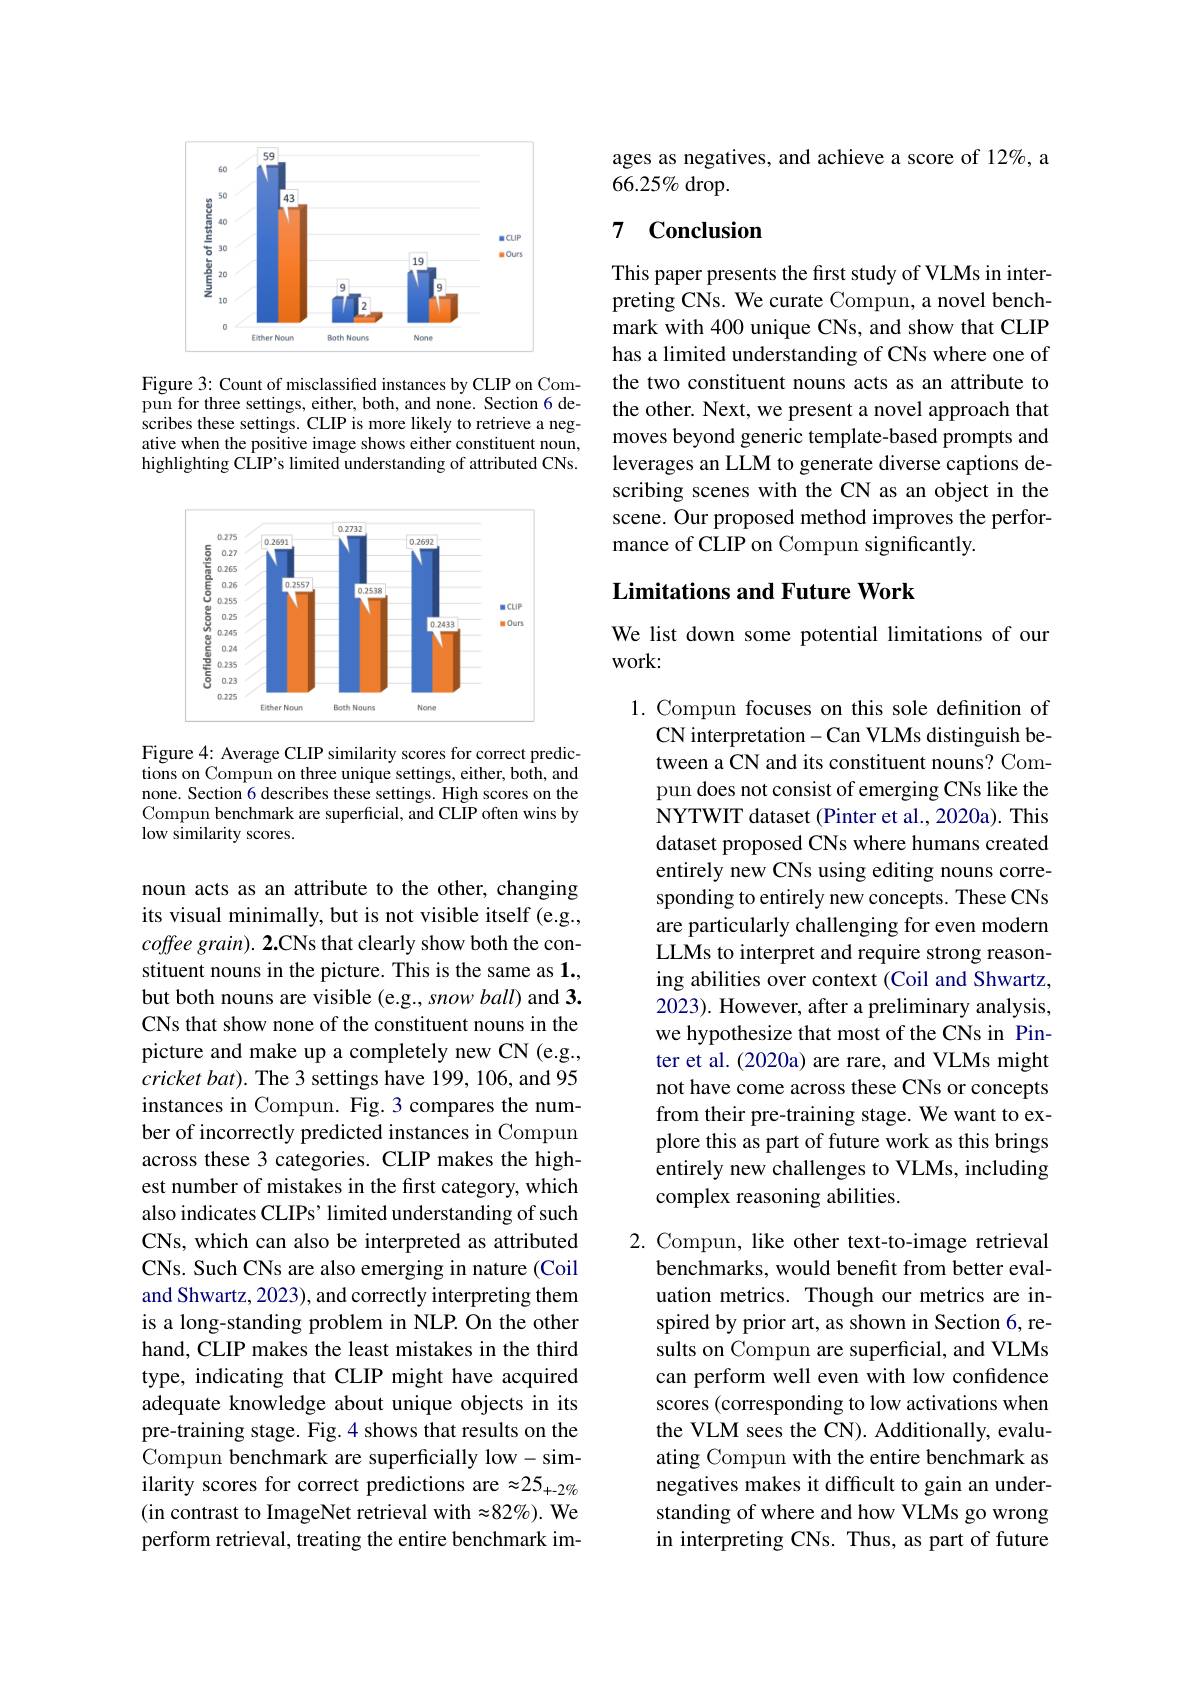
<FigureHere>

Figure 3: Count of misclassified instances by CLIP on Compun for three settings, either, both, and none. Section 6 describes these settings. CLIP is more likely to retrieve a negative when the positive image shows either constituent noun, highlighting CLIP's limited understanding of attributed CNs.

<FigureHere>

Figure 4: Average CLIP similarity scores for correct predictions on Compun on three unique settings, either, both, and none. Section 6 describes these settings. High scores on the Compun benchmark are superficial, and CLIP often wins by low similarity scores.

noun acts as an attribute to the other, changing its visual minimally, but is not visible itself (e.g., coffee grain). 2.CNs that clearly show both the constituent nouns in the picture. This is the same as 1. but both nouns are visible (e.g., snow ball) and 3. CNs that show none of the constituent nouns in the picture and make up a completely new CN (e.g., $cricket\textit{bat}) .$ The 3 settings have 199, 106, and 95 instances in Compun. Fig. 3 compares the number of incorrectly predicted instances in Compun across these 3 categories. CLIP makes the highest number of mistakes in the first category, which also indicates CLIPs' limited understanding of such CNs, which can also be interpreted as attributed CNs. Such CNs are also emerging in nature (Coil and Shwartz, 2023), and correctly interpreting them is a long-standing problem in NLP. On the other hand, CLIP makes the least mistakes in the third type, indicating that CLIP might have acquired adequate knowledge about unique objects in its pre-training stage. Fig. 4 shows that results on the Compun benchmark are superficially low- similarity scores for correct predictions are $\approx25_{+-2}\alpha_6$ (in contrast to ImageNet retrieval with $\approx82\%).$ We perform retrieval, treating the entire benchmark im-

ages as negatives, and achieve a score of 12%, a
$66.25\%$ drop.

# 7 Conclusion

This paper presents the first study of VLMs in interpreting CNs. We curate Compun, a novel benchmark with 400 unique CNs, and show that CLIP has a limited understanding of CNs where one of the two constituent nouns acts as an attribute to the other. Next, we present a novel approach that moves beyond generic template-based prompts and leverages an LLM to generate diverse captions describing scenes with the CN as an object in the scene. Our proposed method improves the performance of CLIP on Compun significantly.

## Limitations and Future Work

We list down some potential limitations of our
work:

1. Compun focuses on this sole definition of
CN interpretation - Can VLMs distinguish between a CN and its constituent nouns? Compun does not consist of emerging CNs like the NYTWIT dataset (Pinter et al., 2020a). This dataset proposed CNs where humans created entirely new CNs using editing nouns corresponding to entirely new concepts. These CNs are particularly challenging for even modern LLMs to interpret and require strong reasoning abilities over context (Coil and Shwartz, 2023). However, after a preliminary analysis, we hypothesize that most of the CNs in Pinter et al. (2020a) are rare, and VLMs might not have come across these CNs or concepts from their pre-training stage. We want to explore this as part of future work as this brings entirely new challenges to VLMs, including complex reasoning abilities.

2. Compun, like other text-to-image retrieval
benchmarks, would benefit from better evaluation metrics. Though our metrics are inspired by prior art, as shown in Section 6, results on Compun are superficial, and VLMs can perform well even with low confidence scores (corresponding to low activations when the VLM sees the CN). Additionally, evaluating Compun with the entire benchmark as negatives makes it difficult to gain an understanding of where and how VLMs go wrong in interpreting CNs. Thus, as part of future